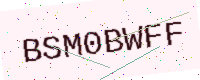
Text: BSM0BWFF